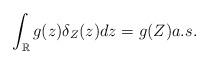
LaTeX: \begin{align*} \int_{\mathbb{R}}g(z)\delta_Z(z)dz = g(Z) a.s.\end{align*}